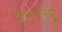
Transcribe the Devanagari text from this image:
५०९६